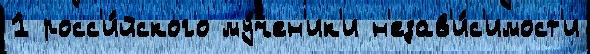
1 росс'и́йского му́чен'ик'и н'езав'и́с'имост'и